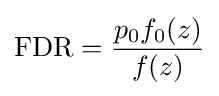
\mathrm {FDR} ={\frac {p_{0}f_{0}(z)}{f(z)}}